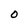
Character: 0